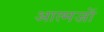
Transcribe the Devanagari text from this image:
आत्मजों